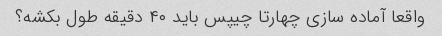
واقعا آماده سازی چهارتا چیپس باید ۴۰ دقیقه طول بکشه؟